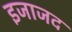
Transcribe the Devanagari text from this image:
इजाजद